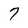
Character: 7